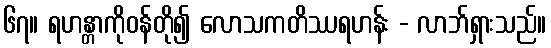
၆၇။ ရဟန္တာကိုဝန်တို၍ လောသကတိဿရဟန်း - လာဘ်ရှားသည်။